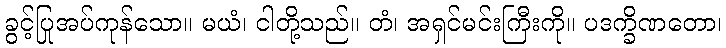
ခွင့်ပြုအပ်ကုန်သော။ မယံ၊ ငါတို့သည်။ တံ၊ အရှင်မင်းကြီးကို။ ပဒက္ခိဏတော၊